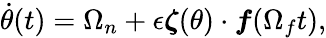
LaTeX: \dot{\theta}(t)=\Omega_{n}+\epsilon\boldsymbol{\zeta}(\theta)\cdot\boldsymbol{f}(\Omega_{f}t),